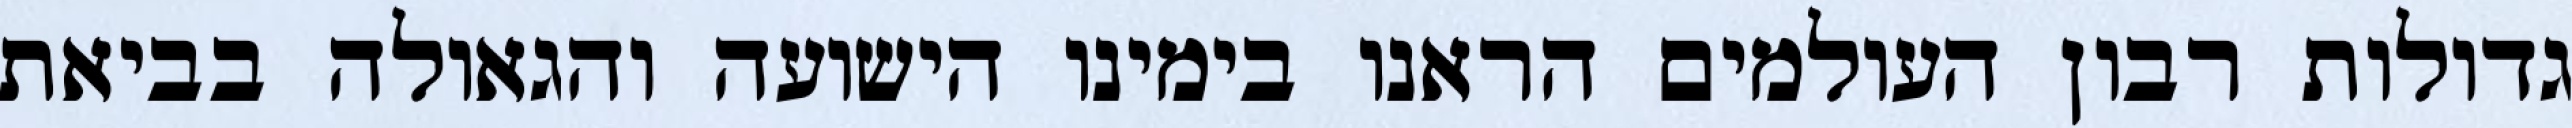
גדולות רבון העולמים הראנו בימינו הישועה והגאולה בביאת